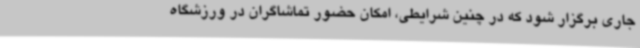
جاری برگزار شود که در چنین شرایطی، امکان حضور تماشاگران در ورزشگاه